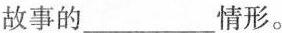
故事的___情形。